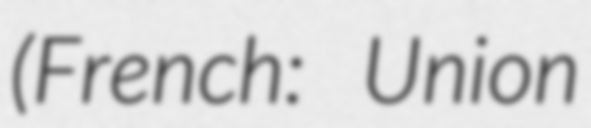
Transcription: (French: Union